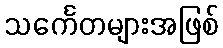
သင်္ကေတများအဖြစ်